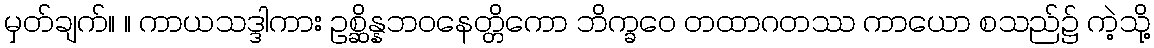
မှတ်ချက်။ ။ ကာယသဒ္ဒါကား ဥစ္ဆိန္နဘဝနေတ္တိကော ဘိက္ခဝေ တထာဂတဿ ကာယော စသည်၌ ကဲ့သို့